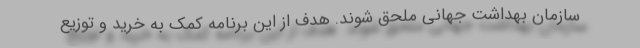
سازمان بهداشت جهانی ملحق شوند. هدف از این برنامه کمک به خرید و توزیع